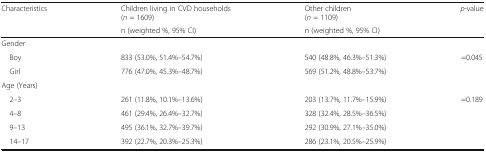
| <ROWSPAN=2> Characteristics | Children living in CVD households(n = 1609) | Other children(n = 1109) | <ROWSPAN=2> p-value |
 | n (weighted %, 95% CI) | n (weighted %, 95% CI) |
 | --- | --- | --- | --- |
 | <COLSPAN=4> Gender |
 | Boy | 833 (53.0%, 51.4%–54.7%) | 540 (48.8%, 46.3%–51.3%) | <ROWSPAN=2> =0.045 |
 | Girl | 776 (47.0%, 45.3%–48.7%) | 569 (51.2%, 48.8%–53.7%) |
 | <COLSPAN=4> Age (Years) |
 | 2–3 | 261 (11.8%, 10.1%–13.6%) | 203 (13.7%, 11.7%–15.9%) | <ROWSPAN=4> =0.189 |
 | 4–8 | 461 (29.4%, 26.4%–32.7%) | 328 (32.4%, 28.5%–36.5%) |
 | 9–13 | 495 (36.1%, 32.7%–39.7%) | 292 (30.9%, 27.1%–35.0%) |
 | 14–17 | 392 (22.7%, 20.3%–25.3%) | 286 (23.1%, 20.5%–25.9%) |